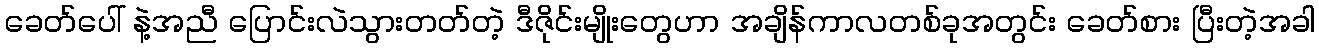
ခေတ်ပေါ် နဲ့အညီ ပြောင်းလဲသွားတတ်တဲ့ ဒီဇိုင်းမျိုးတွေဟာ အချိန်ကာလတစ်ခုအတွင်း ခေတ်စား ပြီးတဲ့အခါ